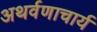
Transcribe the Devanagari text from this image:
अथर्वणाचार्य